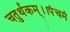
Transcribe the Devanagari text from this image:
चतुर्थकम्।।पंचमं